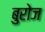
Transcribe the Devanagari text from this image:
बुरोज